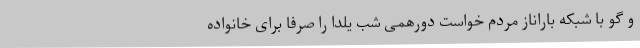
و گو با شبکه باراناز مردم خواست دورهمی شب یلدا را صرفا برای خانواده